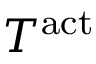
T ^ { \mathrm { a c t } }